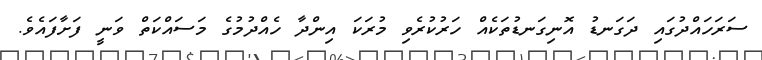
ސަރަހައްދުގައި ދަގަނޑު އޮނިގަނޑުތަކެއް ހަރުކުރެވި މުރަކަ އިންދާ ހެއްދުމުގެ މަސައްކަތް ވަނީ ފަށާފައެވެ.